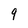
Character: 9